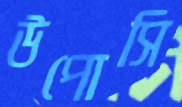
উপোসি